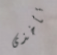
تأخذى